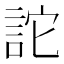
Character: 詑